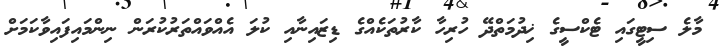
މާލެ ސިޓީގައި ޓެކްސީގެ ޚިދުމަތްދޭ ހުރިހާ ކާރުތަކެއްގެ ޑިޒައިނާއި ކުލަ އެއްވައްތަރުކުރަން ނިންމައިފައިވާކަމަށް